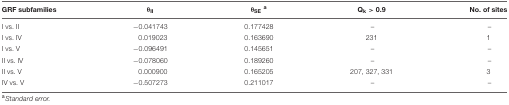
| GRF subfamilies | θII | θSEa | Qk > 0.9 | No. of sites |
 | --- | --- | --- | --- | --- |
 | I vs. II | -0.041743 | 0.177428 | – | – |
 | I vs. IV | 0.019023 | 0.163690 | 231 | 1 |
 | I vs. V | -0.096491 | 0.145651 | – | – |
 | II vs. IV | -0.078060 | 0.189260 | – | – |
 | II vs. V | 0.000900 | 0.165205 | 207, 327, 331 | 3 |
 | IV vs. V | -0.507273 | 0.211017 | – | – |